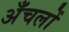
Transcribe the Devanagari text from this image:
अँचलों